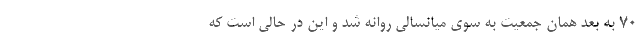
۷۰ به بعد همان جمعیت به سوی میانسالی روانه شد و این در حالی است که